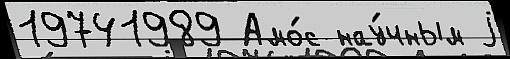
19741989 Амо́с нау́чным j